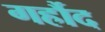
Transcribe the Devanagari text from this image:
गर्हौद